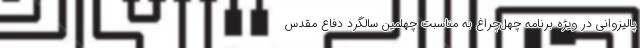
پالیزوانی در ویژه برنامه چهل‌چراغ به مناسبت چهلمین سالگرد دفاع مقدس